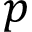
p